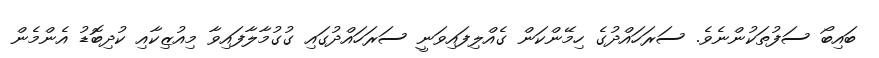
ބައިބޯ ސަފުތަކުންނެވެ. ސަރަހައްދުގެ ހިމޭންކަން ގެއްލިފައިވަނީ ސަރަހައްދުގައި ގުގުމާލާފައިވާ މިއުޒިކާއި ކުދިބޮޑު އެންމެން